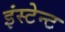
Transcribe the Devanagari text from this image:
इंस्टेन्ट